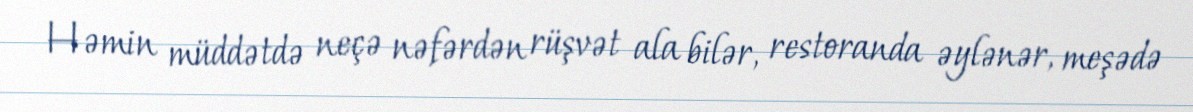
Həmin müddətdə neçə nəfərdən rüşvət ala bilər, restoranda əylənər, meşədə